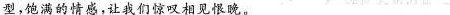
型，饱满的情感，让我们惊叹相见恨晚。